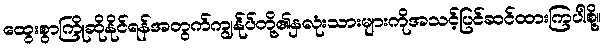
ထွေးစွာကြိုဆိုနိုင်ရန်အတွက်ကျွန်ုပ်တို့၏နှလုံးသားများကိုအသင့်ပြင်ဆင်ထားကြပါစို့။